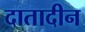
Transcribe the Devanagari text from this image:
दातादीन